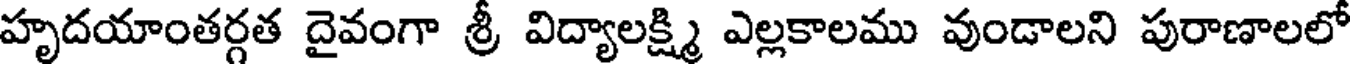
హృదయాంతర్గత దైవంగా శ్రీ విద్యాలక్ష్మి ఎల్లకాలము వుండాలని పురాణాలలో